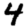
Digit: 4